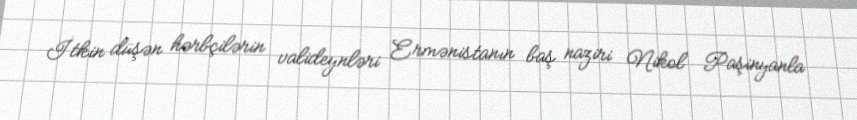
İtkin düşən hərbçilərin valideynləri Ermənistanın baş naziri Nikol Paşinyanla